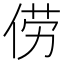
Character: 𫢬